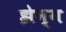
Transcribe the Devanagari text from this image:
झेन्ग